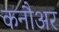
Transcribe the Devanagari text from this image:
कनौअर